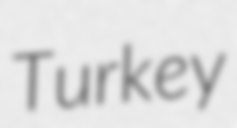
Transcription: Turkey